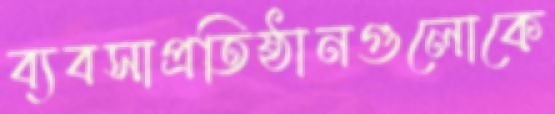
ব্যবসাপ্রতিষ্ঠানগুলোকে